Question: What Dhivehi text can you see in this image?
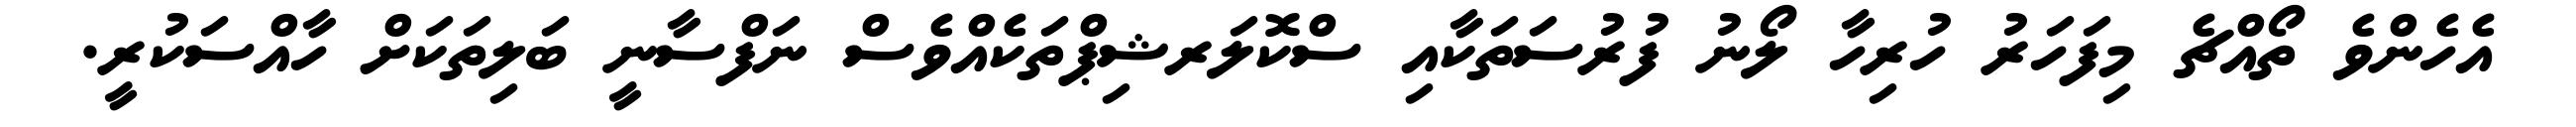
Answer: އެހެންވެ ތޯއްޗެ މިފަހަރު ހުރިހާ ލޯނު ފުރުސަތަކާއި ސްކޮލަރޝިޕްތަކެއްވެސް ނަފްސާނީ ބަލިތަކަށް ހާއްސަކުރީ.